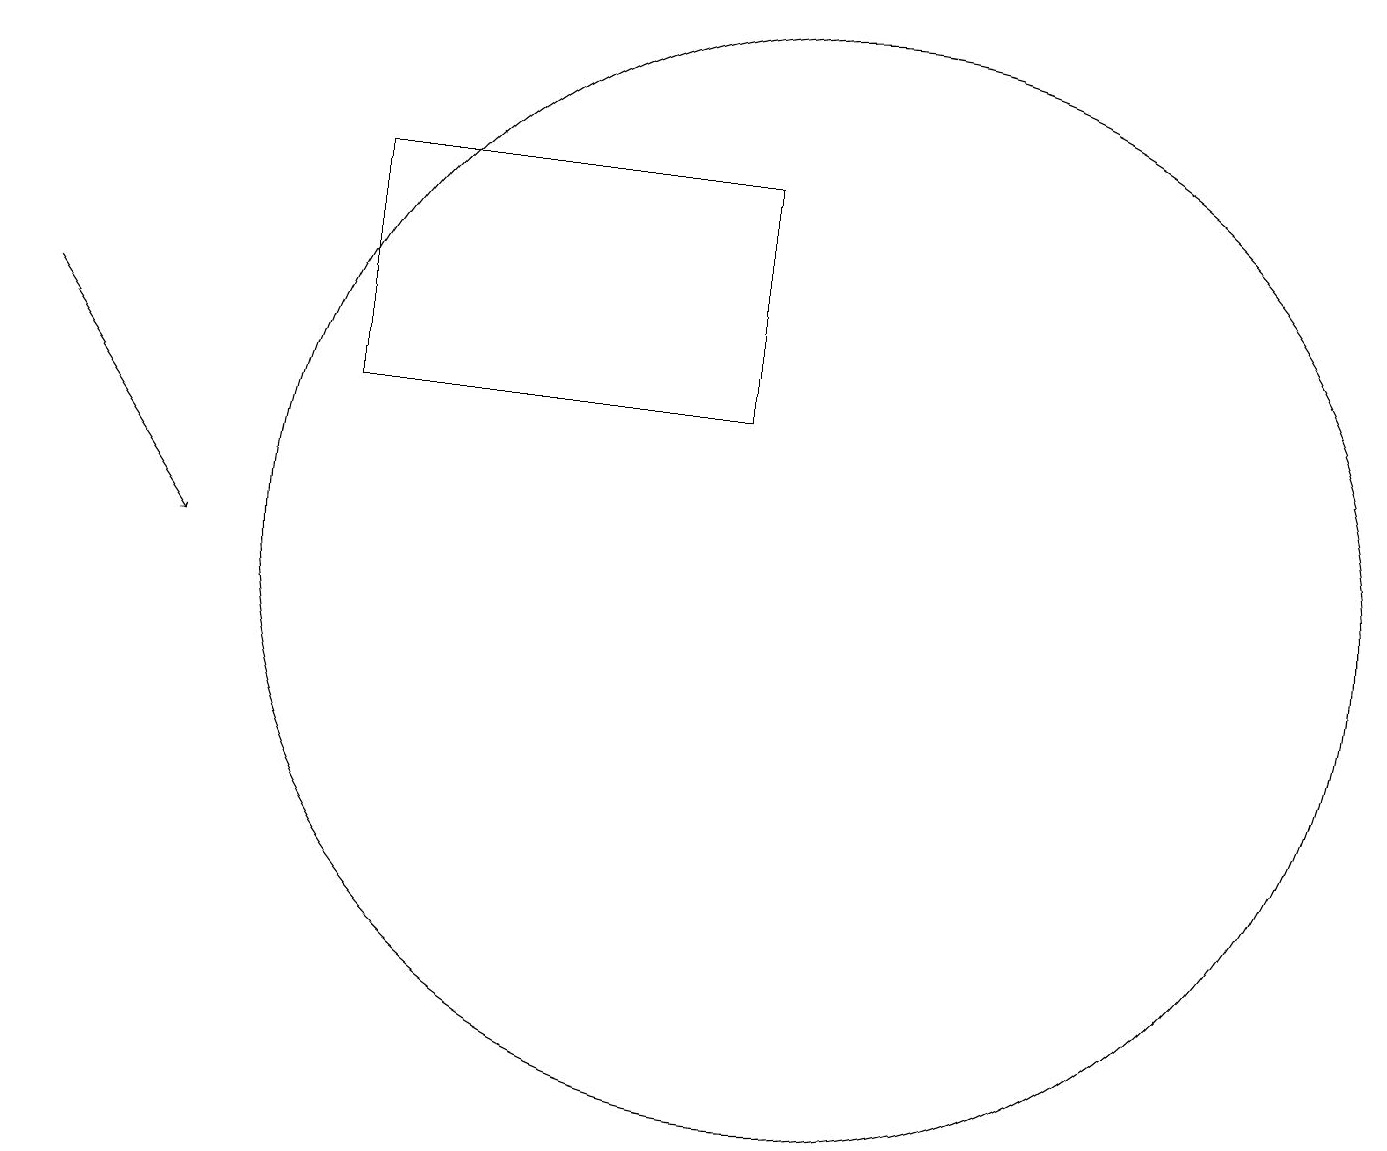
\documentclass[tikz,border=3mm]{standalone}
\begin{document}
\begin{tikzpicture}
\draw[->] (0,13) -- (2,10);
\draw (8,17) rectangle (8,17);
\draw (10,10) circle (7);
\draw (9,12) rectangle (4,15);
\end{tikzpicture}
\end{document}